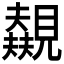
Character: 𬢃